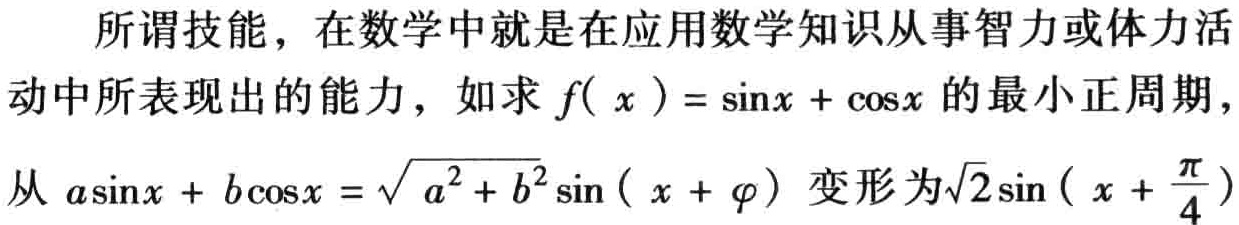
所谓技能，在数学中就是在应用数学知识从事智力或体力活动中所表现出的能力，如求 \(f( x ) = \sin x + \cos x\) 的最小正周期，从 \(a\sin x + b\cos x = \sqrt{ a^{2} + b^{2}}\sin ( x + \varphi )\) 变形为\(\sqrt{2}\sin \left( x + \frac{\pi}{4} \right)\)